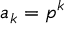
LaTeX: a _ { k } = p ^ { k }